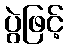
ပွဲဖြင့်